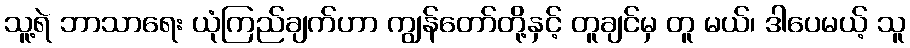
သူ့ရဲ ဘာသာရေး ယုံကြည်ချက်ဟာ ကျွန်တော်တို့နှင့် တူချင်မှ တူ မယ်၊ ဒါပေမယ့် သူ